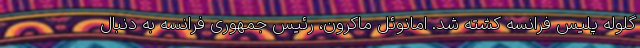
گلوله پلیس فرانسه کشته شد. امانوئل ماکرون، رئیس جمهوری فرانسه به دنبال